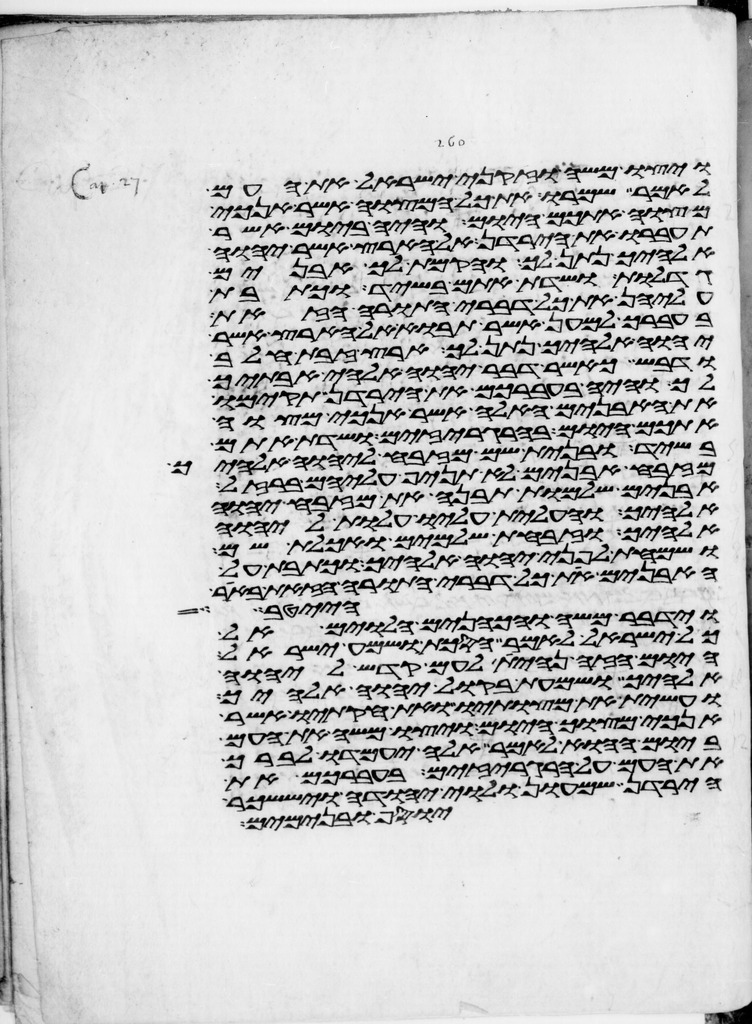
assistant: ויצו משה וזקני ישראל את העם
לאמר שמרו את כל המצוה אשר אנכי
מצוה אתכם היום והיה ביום אשר
תעברו את הירדן אל הארץ אשר יהוה
אלהיך נתן לך והקמת לך אבנים
גדלות ושדת אתם בשיד וכתבת
עליהן את כל דברי התורה הזאת
בעברך למען אשר תבוא אל הארץ אשר
יהוה אלהיך נתן לך ארץ זבת חלב
ודבש כאשר דבר יהוה אלהי אבתיך
לך והיה בעברכם את הירדן תקימו
את האבנים האלה אשר אנכי מצוה
אתכם היום בהרגריזים ושדת אתם
בשיד ובנית שם מזבח ליהוה אלהיך
מזבח אבנים לא תניף עליהם ברזל
אבנים שלמות תבנה את מזבח יהוה
אלהיך והעלית עליו עלות ליהוה
אלהיך וזבחת שלמים ואכלת שם
ושמחת לפני יהוה אלהיך וכתבת על
האבנים את כל דברי התורה הזאת באר
וידבר משה והכהנים הלוים אל
הייטב
כל ישראל לאמר הסכת ושמע ישראל
היום הזה נהית לעם קדש ליהוה
אלהיך ושמעת בקול יהוה אלהיך
ועשית את מצותיו ואת חקתיו אשר
אנכי מצוך היום ויצו משה את העם
ביום ההוא לאמר אלה יעמדו לברך
את העם על הרגריזים בעברכם את
הירדן שמעון ולוי יהודה ויששכר
יוסף ובנימים